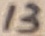
Text: 13